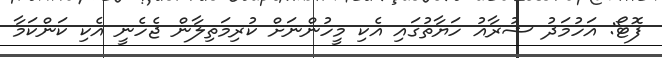
ފޮޓޯ: އަހުމަދު ޝުރާއު ހަޔާތުގައި އެކި މީހުންނަށް ކުރިމަތިލާން ޖެހެނީ އެކި ކަންކަމާ